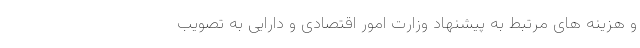
و هزینه های مرتبط به پیشنهاد وزارت امور اقتصادی و دارایی به تصویب